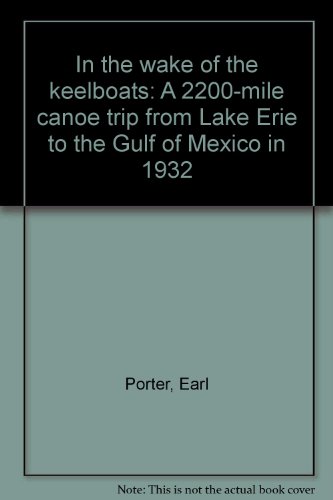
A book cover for In the wake of the keelboats: A 2200-mile canoe trip from Lake Erie to the Gulf of Mexico in 1932; Earl Porter; Travel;